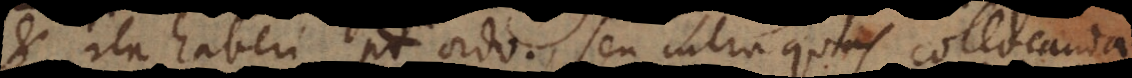
et ita haberi potest ordo, seu intra quas collocanda